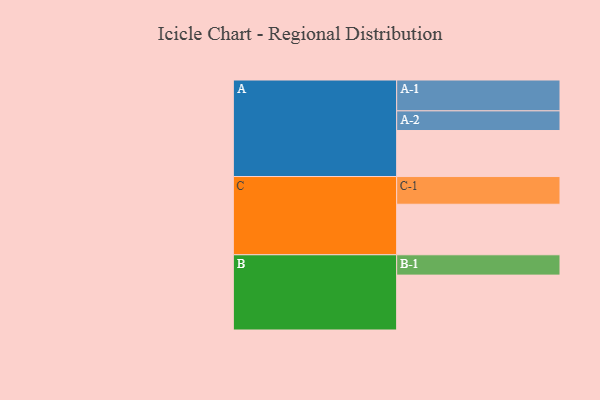
{"axis": {"x": "Segment", "y": "Value"}, "legend": ["", "A", "B", "C"], "data": [{"x": "A", "y": 337, "type": ""}, {"x": "B", "y": 402, "type": ""}, {"x": "C", "y": 370, "type": ""}, {"x": "A-1", "y": 226, "type": "A"}, {"x": "A-2", "y": 144, "type": "A"}, {"x": "B-1", "y": 149, "type": "B"}, {"x": "C-1", "y": 203, "type": "C"}]}